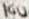
Text: 16U